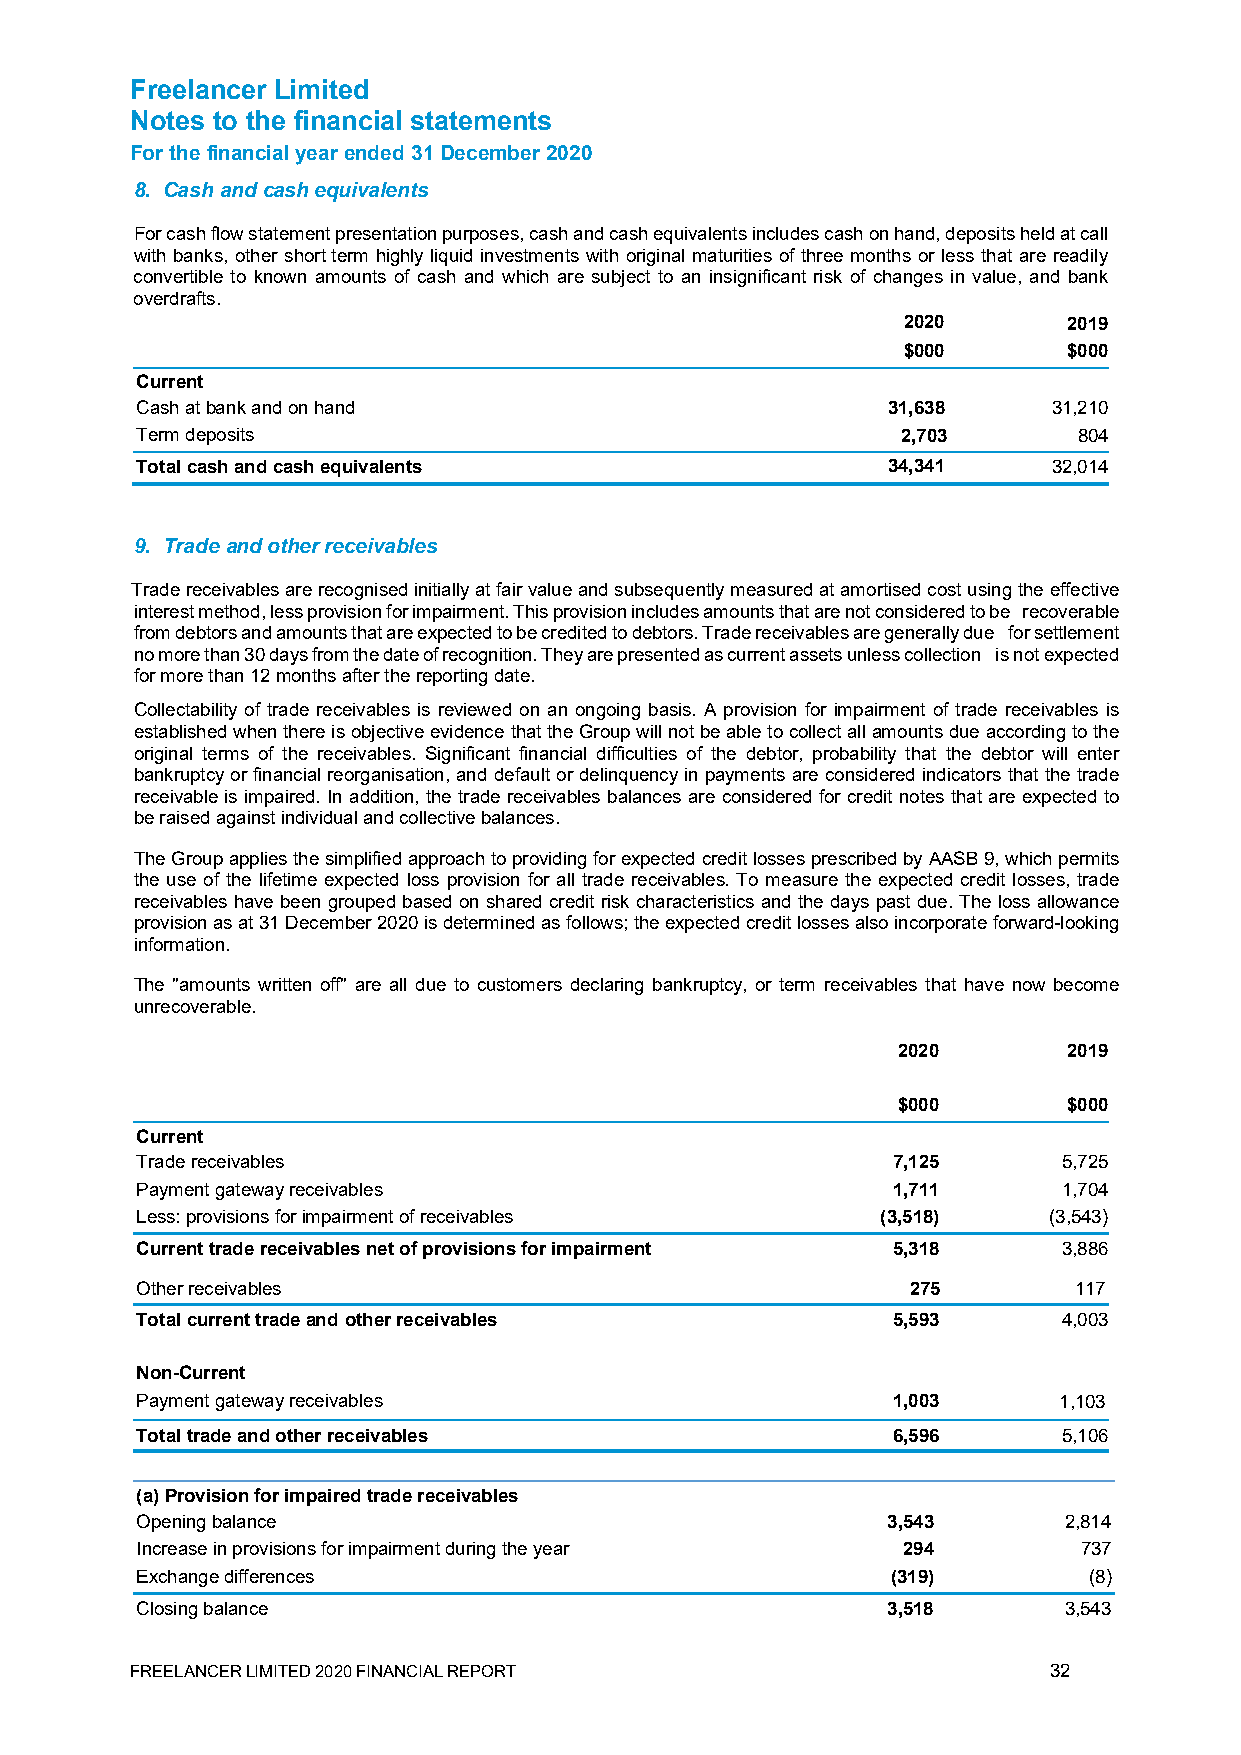
Freelancer Limited
 Notes to the financial statements
 For the financial year ended 31 December 2020
 8. Cash and cash equivalents
 For cash flow statement presentation purposes, cash and cash equivalents includes cash on hand, deposits held at call
 with banks, other short term highly liquid investments with original maturities of three months or less that are readily
 convertible to known amounts of cash and which are subject to an insignificant risk of changes in value, and bank
 overdrafts.
 2020       2019
 $000       $000
 Current
 Cash at bank and on hand                          31,638     31,210
 Term deposits                                      2,703      804
 Total cash and cash equivalents                   34,341     32,014
 9. Trade and other receivables
 Trade receivables are recognised initially at fair value and subsequently measured at amortised cost using the effective
 interest method, less provision for impairment. This provision includes amounts that are not considered to be recoverable
 from debtors and amounts that are expected to be credited to debtors. Trade receivables are generally due for settlement
 no more than 30 days from the date of recognition. They are presented as current assets unless collection is not expected
 for more than 12 months after the reporting date.
 Collectability of trade receivables is reviewed on an ongoing basis. A provision for impairment of trade receivables is
 established when there is objective evidence that the Group will not be able to collect all amounts due according to the
 original terms of the receivables. Significant financial difficulties of the debtor, probability that the debtor will enter
 bankruptcy or financial reorganisation, and default or delinquency in payments are considered indicators that the trade
 receivable is impaired. In addition, the trade receivables balances are considered for credit notes that are expected to
 be raised against individual and collective balances.
 The Group applies the simplified approach to providing for expected credit losses prescribed by AASB 9, which permits
 the use of the lifetime expected loss provision for all trade receivables. To measure the expected credit losses, trade
 receivables have been grouped based on shared credit risk characteristics and the days past due. The loss allowance
 provision as at 31 December 2020 is determined as follows; the expected credit losses also incorporate forward-looking
 information.
 The "amounts written off" are all due to customers declaring bankruptcy, or term receivables that have now become
 unrecoverable.
 2020        2019
 $000        $000
 Current
 Trade receivables                                 7,125      5,725
 Payment gateway receivables                       1,711      1,704
 Less: provisions for impairment of receivables   (3,518)    (3,543)
 Current trade receivables net of provisions for impairment 5,318 3,886
 Other receivables                                  275        117
 Total current trade and other receivables         5,593      4,003
 Non-Current
 Payment gateway receivables                       1,003      1,103
 Total trade and other receivables                 6,596      5,106
 (a) Provision for impaired trade receivables
 Opening balance                                   3,543      2,814
 Increase in provisions for impairment during the year 294      737
 Exchange differences                              (319)        (8)
 Closing balance                                   3,518      3,543
 FREELANCER LIMITED 2020 FINANCIAL REPORT                    32